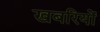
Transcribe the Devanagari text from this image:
खबरियों